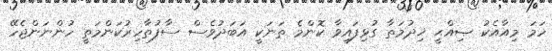
ހަމަ މިއާއެކު ޞިއްޙީ ޚިދުމަތާ ގުޅިފައިވާ ކޮންމެ ތަނަކީ އަބަދުވެސް ސާފުތާހިރުކަންމަތީ ހުންނަންޖެހޭ